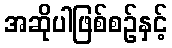
အဆိုပါဖြစ်စဉ်နှင့်